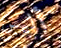
أليس